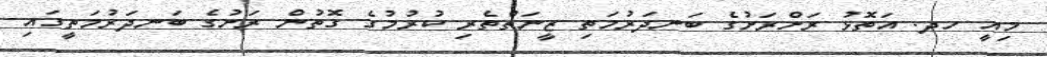
މިއީ ހދ. އަތޮޅު ރަށްރަށުގެ ބަނދަރުމަތި ޒީނަތްތެރި ކުރުމުގެ ގޮތުން ރަށުގެ ބަނދަރުމަތީގައި